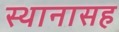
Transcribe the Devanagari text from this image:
स्थानासह